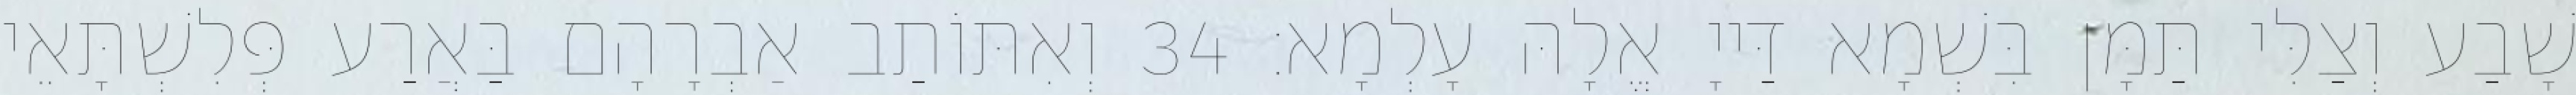
שָׁבַע וְצַלִּי תַּמָּן בִּשְׁמָא דַּייָ אֱלָהּ עָלְמָא׃ 34 וְאִתּוֹתַב אַבְרָהָם בַּאֲרַע פְּלִשְׁתָּאֵי